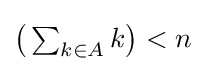
\textstyle {\big (}\sum _{k\in A}k{\big )}<n